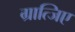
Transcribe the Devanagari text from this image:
ग्रात्जिए